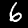
Digit: 6